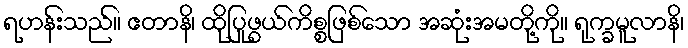
ရဟန်းသည်။ ဧတာနိ၊ ထိုပြုဖွယ်ကိစ္စဖြစ်သော အဆုံးအမတို့ကို။ ရုက္ခမူလာနိ၊